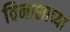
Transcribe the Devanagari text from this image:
विनाशाच्या